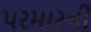
પરમારની